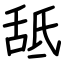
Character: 䑛